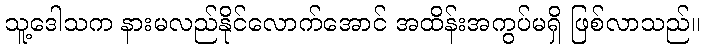
သူ့ဒေါသက နားမလည်နိုင်လောက်အောင် အထိန်းအကွပ်မရှိ ဖြစ်လာသည်။